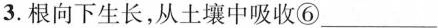
3.根向下生长，从土壤中吸收⑥___